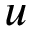
u